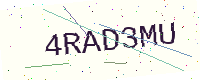
Text: 4RAD3MU